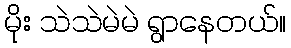
မိုး သဲသဲမဲမဲ ရွာနေတယ်။